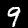
Digit: 9